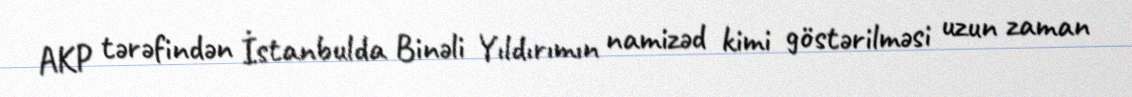
AKP tərəfindən İstanbulda Binəli Yıldırımın namizəd kimi göstərilməsi uzun zaman